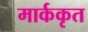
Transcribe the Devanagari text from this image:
मार्ककृत